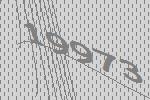
19973